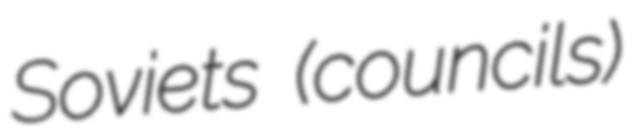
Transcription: Soviets (councils)